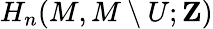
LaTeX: H_{n}(M,M\setminus U;\mathbf{Z})